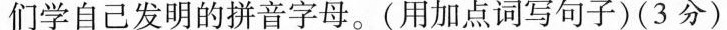
们学自己发明的拼音字母。(用加点词写句子)(3分)